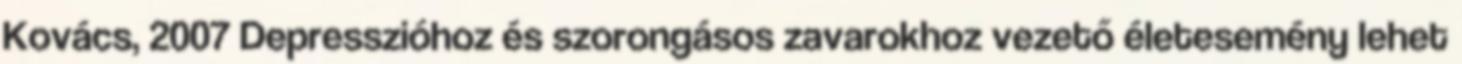
Kovács, 2007 Depresszióhoz és szorongásos zavarokhoz vezető életesemény lehet